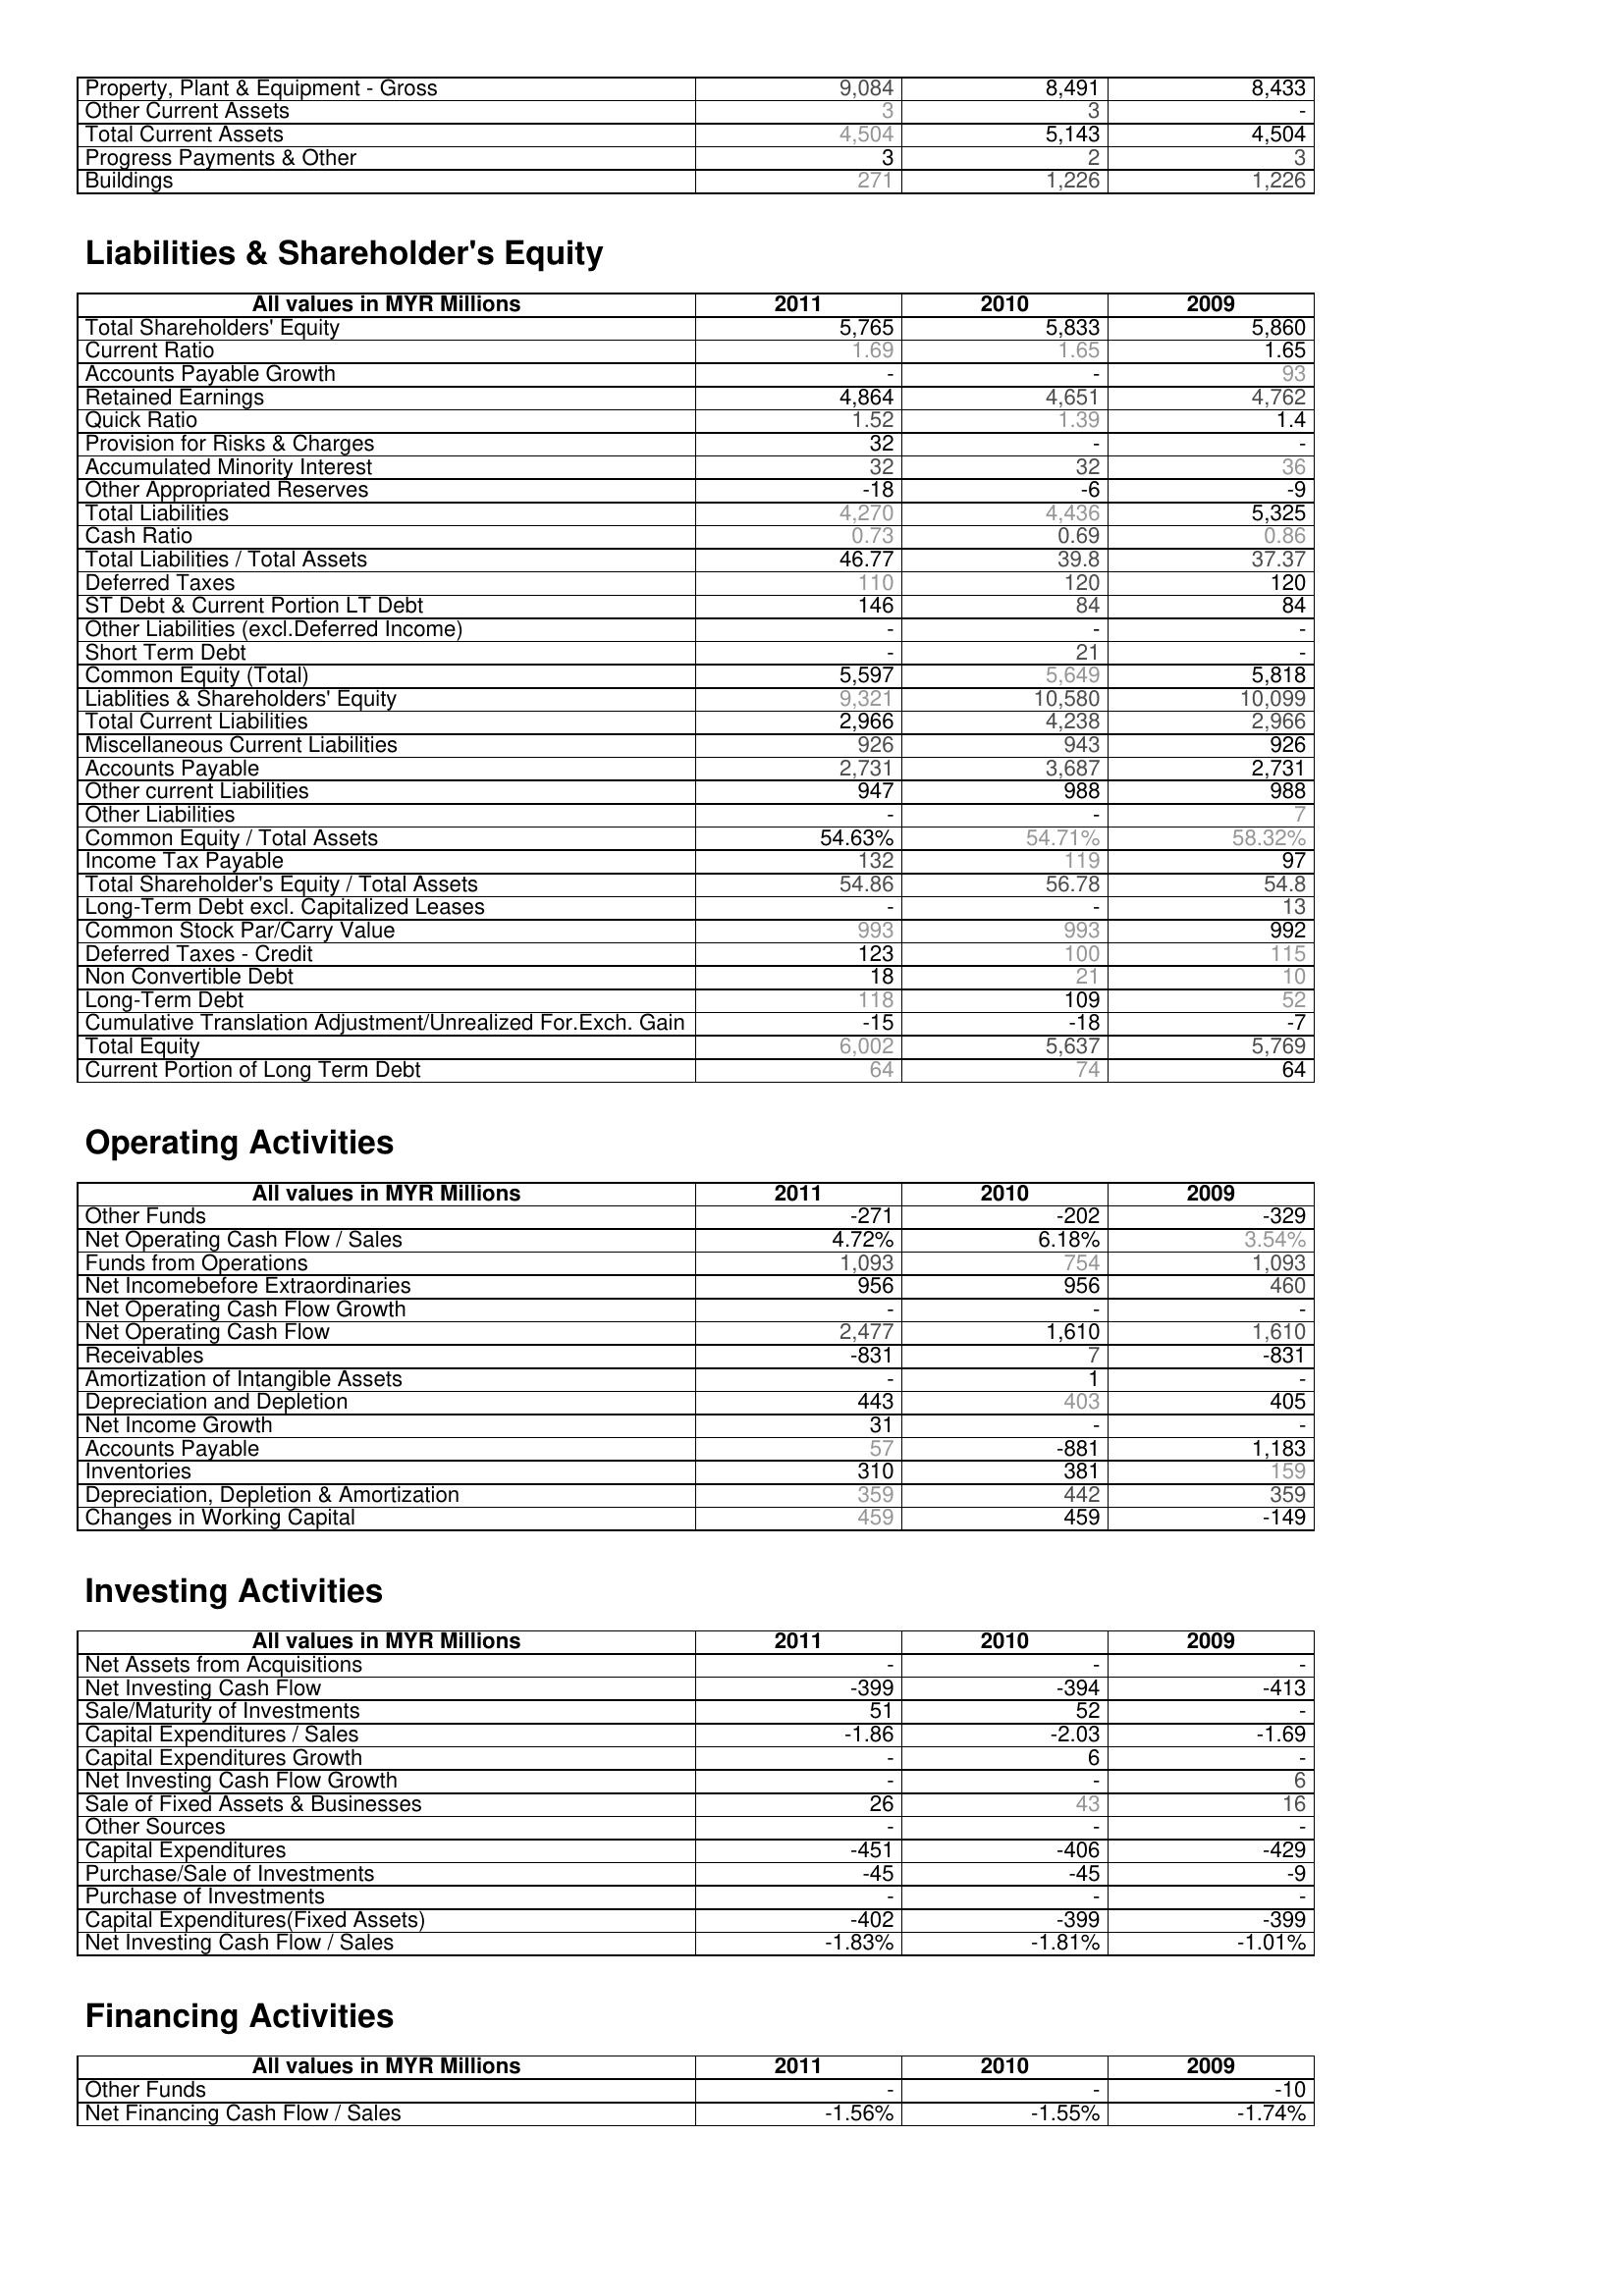
2011: Assets: Property, Plant & Equipment - Gross : 9,084
Other Current Assets: 3
Total Current Assets: 4,504
Progress Payments & Other: 3
Buildings: 271
Liabilities & Shareholder's Equity: Total Shareholders' Equity: 5,765
Current Ratio: 1.69
Accounts Payable Growth: -
Retained Earnings: 4,864
Quick Ratio: 1.52
Provision for Risks & Charges: 32
Accumulated Minority Interest: 32
Other Appropriated Reserves: -18
Total Liabilities: 4,270
Cash Ratio: 0.73
Total Liabilities / Total Assets: 46.77
Deferred Taxes: 110
ST Debt & Current Portion LT Debt: 146
Other Liabilities (excl.Deferred Income): -
Short Term Debt: -
Common Equity (Total): 5,597
Liablities & Shareholders' Equity: 9,321
Total Current Liabilities: 2,966
Miscellaneous Current Liabilities: 926
Accounts Payable: 2,731
Other current Liabilities: 947
Other Liabilities: -
Common Equity / Total Assets: 54.63%
Income Tax Payable: 132
Total Shareholder's Equity / Total Assets: 54.86
Long-Term Debt excl. Capitalized Leases: -
Common Stock Par/Carry Value: 993
Deferred Taxes - Credit: 123
Non Convertible Debt: 18
Long-Term Debt: 118
Cumulative Translation Adjustment/Unrealized For.Exch. Gain: -15
Total Equity: 6,002
Current Portion of Long Term Debt: 64
Operating Activities: Other Funds: -271
Net Operating Cash Flow / Sales: 4.72%
Funds from Operations: 1,093
Net Incomebefore Extraordinaries: 956
Net Operating Cash Flow Growth: -
Net Operating Cash Flow: 2,477
Receivables: -831
Amortization of Intangible Assets: -
Depreciation and Depletion: 443
Net Income Growth: 31
Accounts Payable: 57
Inventories: 310
Depreciation, Depletion & Amortization: 359
Changes in Working Capital: 459
Investing Activities: Net Assets from Acquisitions: -
Net Investing Cash Flow: -399
Sale/Maturity of Investments: 51
Capital Expenditures / Sales: -1.86
Capital Expenditures Growth: -
Net Investing Cash Flow Growth: -
Sale of Fixed Assets & Businesses: 26
Other Sources: -
Capital Expenditures: -451
Purchase/Sale of Investments: -45
Purchase of Investments: -
Capital Expenditures(Fixed Assets): -402
Net Investing Cash Flow / Sales: -1.83%
Financing Activities: Other Funds: -
Net Financing Cash Flow / Sales: -1.56%
2010: Assets: Property, Plant & Equipment - Gross : 8,491
Other Current Assets: 3
Total Current Assets: 5,143
Progress Payments & Other: 2
Buildings: 1,226
Liabilities & Shareholder's Equity: Total Shareholders' Equity: 5,833
Current Ratio: 1.65
Accounts Payable Growth: -
Retained Earnings: 4,651
Quick Ratio: 1.39
Provision for Risks & Charges: -
Accumulated Minority Interest: 32
Other Appropriated Reserves: -6
Total Liabilities: 4,436
Cash Ratio: 0.69
Total Liabilities / Total Assets: 39.8
Deferred Taxes: 120
ST Debt & Current Portion LT Debt: 84
Other Liabilities (excl.Deferred Income): -
Short Term Debt: 21
Common Equity (Total): 5,649
Liablities & Shareholders' Equity: 10,580
Total Current Liabilities: 4,238
Miscellaneous Current Liabilities: 943
Accounts Payable: 3,687
Other current Liabilities: 988
Other Liabilities: -
Common Equity / Total Assets: 54.71%
Income Tax Payable: 119
Total Shareholder's Equity / Total Assets: 56.78
Long-Term Debt excl. Capitalized Leases: -
Common Stock Par/Carry Value: 993
Deferred Taxes - Credit: 100
Non Convertible Debt: 21
Long-Term Debt: 109
Cumulative Translation Adjustment/Unrealized For.Exch. Gain: -18
Total Equity: 5,637
Current Portion of Long Term Debt: 74
Operating Activities: Other Funds: -202
Net Operating Cash Flow / Sales: 6.18%
Funds from Operations: 754
Net Incomebefore Extraordinaries: 956
Net Operating Cash Flow Growth: -
Net Operating Cash Flow: 1,610
Receivables: 7
Amortization of Intangible Assets: 1
Depreciation and Depletion: 403
Net Income Growth: -
Accounts Payable: -881
Inventories: 381
Depreciation, Depletion & Amortization: 442
Changes in Working Capital: 459
Investing Activities: Net Assets from Acquisitions: -
Net Investing Cash Flow: -394
Sale/Maturity of Investments: 52
Capital Expenditures / Sales: -2.03
Capital Expenditures Growth: 6
Net Investing Cash Flow Growth: -
Sale of Fixed Assets & Businesses: 43
Other Sources: -
Capital Expenditures: -406
Purchase/Sale of Investments: -45
Purchase of Investments: -
Capital Expenditures(Fixed Assets): -399
Net Investing Cash Flow / Sales: -1.81%
Financing Activities: Other Funds: -
Net Financing Cash Flow / Sales: -1.55%
2009: Assets: Property, Plant & Equipment - Gross : 8,433
Other Current Assets: -
Total Current Assets: 4,504
Progress Payments & Other: 3
Buildings: 1,226
Liabilities & Shareholder's Equity: Total Shareholders' Equity: 5,860
Current Ratio: 1.65
Accounts Payable Growth: 93
Retained Earnings: 4,762
Quick Ratio: 1.4
Provision for Risks & Charges: -
Accumulated Minority Interest: 36
Other Appropriated Reserves: -9
Total Liabilities: 5,325
Cash Ratio: 0.86
Total Liabilities / Total Assets: 37.37
Deferred Taxes: 120
ST Debt & Current Portion LT Debt: 84
Other Liabilities (excl.Deferred Income): -
Short Term Debt: -
Common Equity (Total): 5,818
Liablities & Shareholders' Equity: 10,099
Total Current Liabilities: 2,966
Miscellaneous Current Liabilities: 926
Accounts Payable: 2,731
Other current Liabilities: 988
Other Liabilities: 7
Common Equity / Total Assets: 58.32%
Income Tax Payable: 97
Total Shareholder's Equity / Total Assets: 54.8
Long-Term Debt excl. Capitalized Leases: 13
Common Stock Par/Carry Value: 992
Deferred Taxes - Credit: 115
Non Convertible Debt: 10
Long-Term Debt: 52
Cumulative Translation Adjustment/Unrealized For.Exch. Gain: -7
Total Equity: 5,769
Current Portion of Long Term Debt: 64
Operating Activities: Other Funds: -329
Net Operating Cash Flow / Sales: 3.54%
Funds from Operations: 1,093
Net Incomebefore Extraordinaries: 460
Net Operating Cash Flow Growth: -
Net Operating Cash Flow: 1,610
Receivables: -831
Amortization of Intangible Assets: -
Depreciation and Depletion: 405
Net Income Growth: -
Accounts Payable: 1,183
Inventories: 159
Depreciation, Depletion & Amortization: 359
Changes in Working Capital: -149
Investing Activities: Net Assets from Acquisitions: -
Net Investing Cash Flow: -413
Sale/Maturity of Investments: -
Capital Expenditures / Sales: -1.69
Capital Expenditures Growth: -
Net Investing Cash Flow Growth: 6
Sale of Fixed Assets & Businesses: 16
Other Sources: -
Capital Expenditures: -429
Purchase/Sale of Investments: -9
Purchase of Investments: -
Capital Expenditures(Fixed Assets): -399
Net Investing Cash Flow / Sales: -1.01%
Financing Activities: Other Funds: -10
Net Financing Cash Flow / Sales: -1.74%